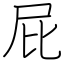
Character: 屁